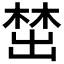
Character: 𪲵